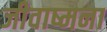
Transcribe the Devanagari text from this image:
जीवाष्मना